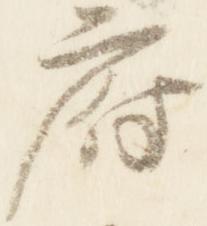
府